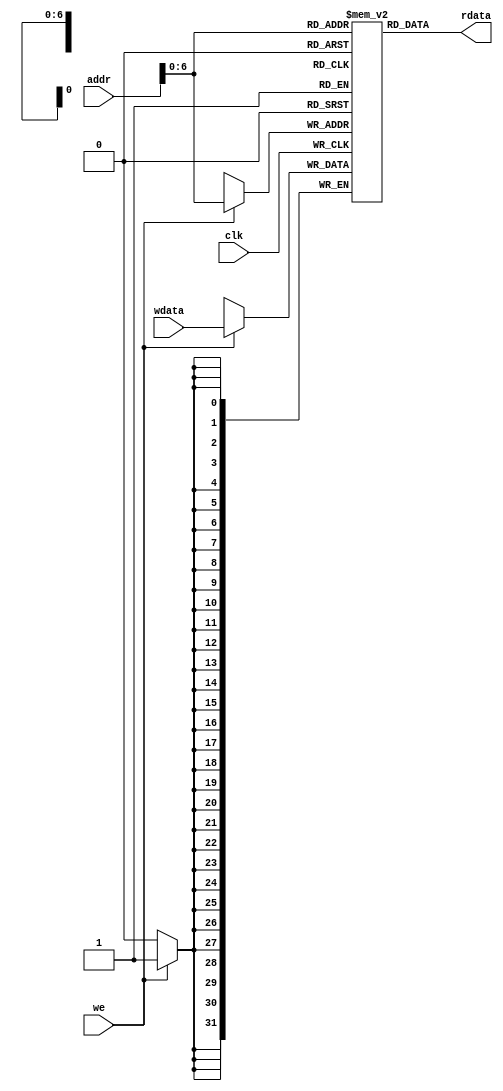
module dmem (
	input         clk  ,
	input         we   ,
	input  [31:0] addr ,
	input  [31:0] wdata,
	output [31:0] rdata
);

	reg [31:0] memdata [127:0];

	assign rdata = memdata[addr];

	always @(posedge clk) begin
		if(1'b1 == we) begin
			memdata[addr] = wdata;
		end
	end

endmodule